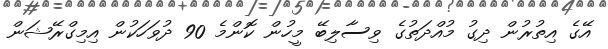
އޭގެ އިތުރުން ދިގު މުއްދަތުގެ ވިސާލިބޭ މީހުން ކޮންމެ 90 ދުވަހަކުން އިމިގްރޭޝަން